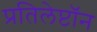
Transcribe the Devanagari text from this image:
प्रतिलेप्टॉन